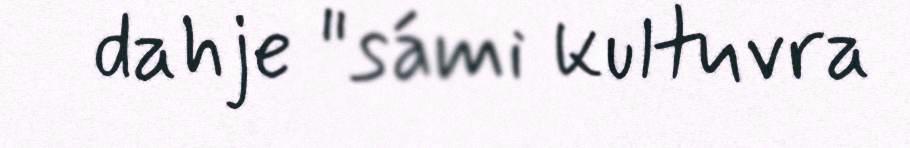
dahje "sámi kultuvra